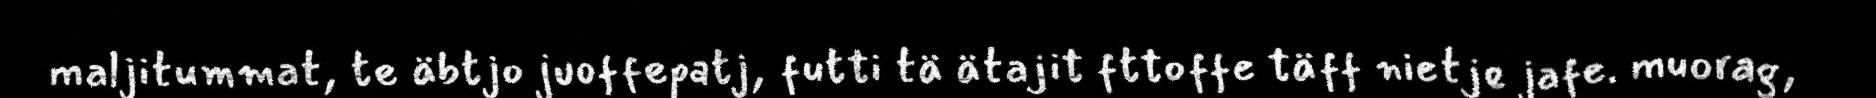
maljitummat, te äbtjo juoffepatj, futti tä ätajit fttoffe täff nietje jafe. muorag,